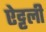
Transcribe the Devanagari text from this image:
ऐट्टली